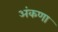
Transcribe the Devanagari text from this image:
अंकणा